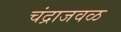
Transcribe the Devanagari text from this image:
चंद्राजवळ